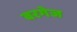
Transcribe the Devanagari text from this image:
बरगेज